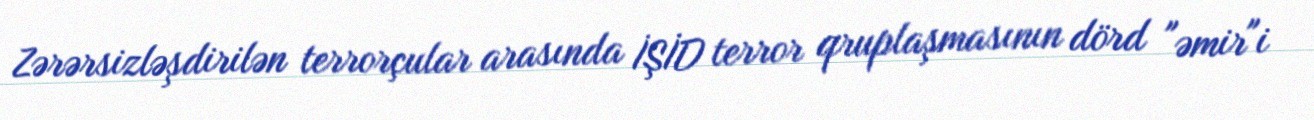
Zərərsizləşdirilən terrorçular arasında İŞİD terror qruplaşmasının dörd "əmir"i